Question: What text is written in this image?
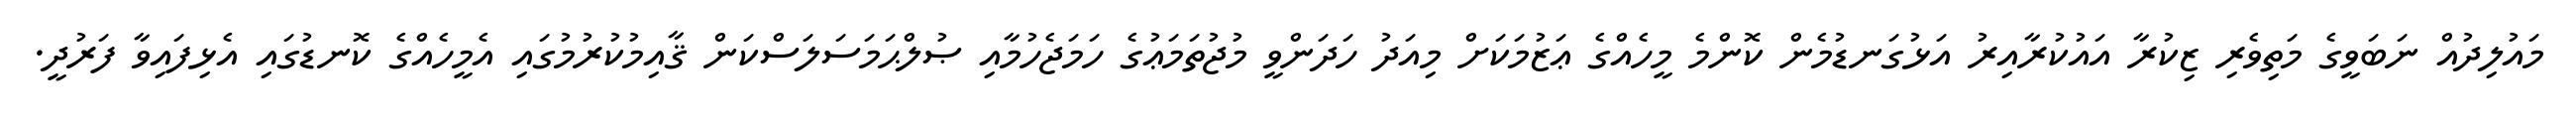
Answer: މައުލިދުއް ނަބަވީގެ މަތިވެރި ޒިކުރާ އައުކުރާއިރު އަޅުގަނޑުމެން ކޮންމެ މީހެއްގެ ޢަޒުމަކަށް މިއަދު ހަދަންވީ މުޖުތަމަޢުގެ ހަމަޖެހުމާއި ޞުލްޙަމަސަލަސްކަން ޤާއިމުކުރުމުގައި އެމީހެއްގެ ކޮނޑުގައި އެޅިފައިވާ ފަރުދީ.